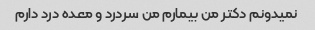
نمیدونم دکتر من بیمارم من سردرد و معده درد دارم